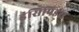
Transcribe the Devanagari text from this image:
इंसिपिडस